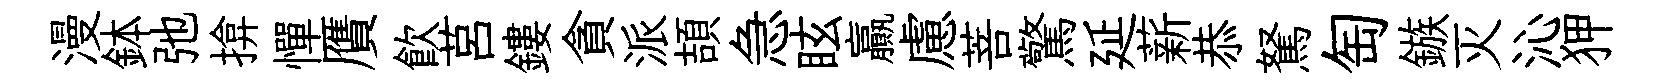
漫鉢弛揜憚贋飮莒鏤貪派頡急眩贏慮菩驚延薪恭駑匋鏃灭沁狎